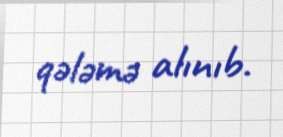
qələmə alınıb.